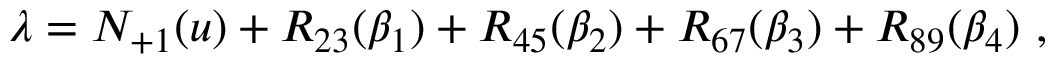
\lambda = N _ { + 1 } ( u ) + R _ { 2 3 } ( \beta _ { 1 } ) + R _ { 4 5 } ( \beta _ { 2 } ) + R _ { 6 7 } ( \beta _ { 3 } ) + R _ { 8 9 } ( \beta _ { 4 } ) ~ ,